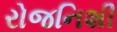
રોજનિશી